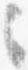
々